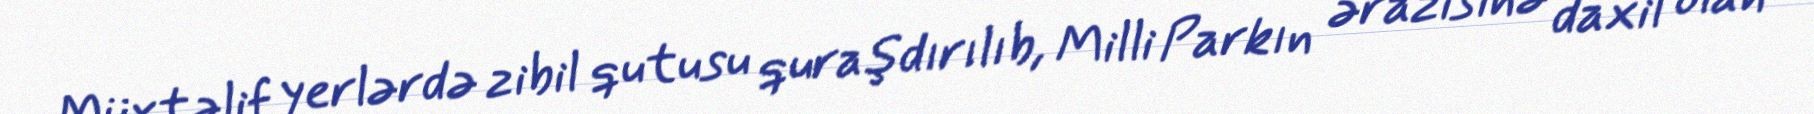
Müxtəlif yerlərdə zibil qutusu quraşdırılıb, Milli Parkın ərazisinə daxil olan